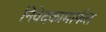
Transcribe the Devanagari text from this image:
निवेदकामार्फत